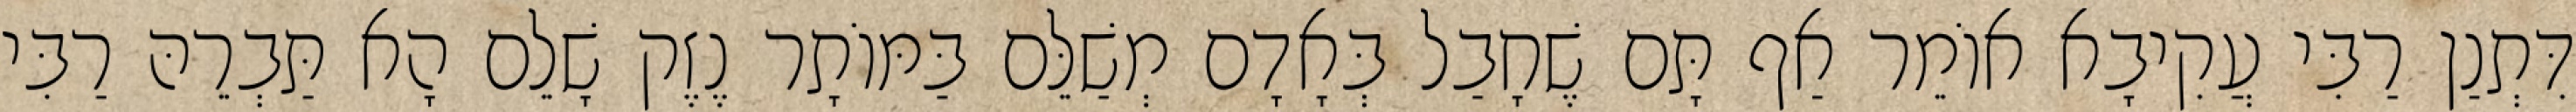
דִּתְנַן רַבִּי עֲקִיבָא אוֹמֵר אַף תָּם שֶׁחָבַל בְּאָדָם מְשַׁלֵּם בַּמּוֹתָר נֶזֶק שָׁלֵם הָא תַּבְרֵהּ רַבִּי